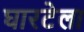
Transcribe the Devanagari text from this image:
घारटेला